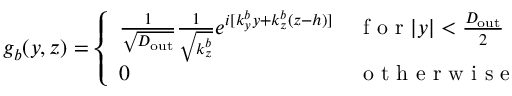
g _ { b } ( y , z ) = \left\{ \begin{array} { l l } { \frac { 1 } { \sqrt { D _ { \mathrm { o u t } } } } \frac { 1 } { \sqrt { k _ { z } ^ { b } } } e ^ { i [ k _ { y } ^ { b } y + k _ { z } ^ { b } ( z - h ) ] } } & { \mathrm { ~ f ~ o ~ r ~ } | y | < \frac { D _ { \mathrm { o u t } } } { 2 } } \\ { 0 } & { \mathrm { ~ o ~ t ~ h ~ e ~ r ~ w ~ i ~ s ~ e ~ } } \end{array} \right.